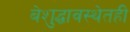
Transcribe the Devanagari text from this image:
बेशुद्धावस्थेतही